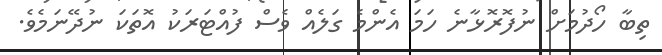
ތިބާ ހޯދުމަށް ނުފޮރޮޅާނެ ހަމަ އެންމެ ގަލެއް ވެސް ފުއްޓަރަކު އޮތަކަ ނުދޭނަމެވެ.